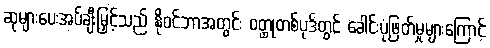
ဆုများပေးအပ်ချီးမြှင့်သည် နိုဝင်ဘာအတွင်း ဝတ္ထုတစ်ပုဒ်တွင် ခေါင်းပုံဖြတ်မှုများကြောင့်